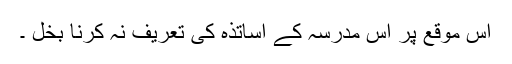
اس موقع پر اس مدرسہ کے اساتذہ کی تعریف نہ کرنا بخل ۔